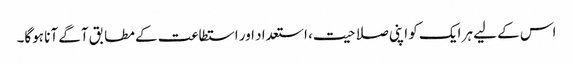
اس کے لیے ہر ایک کو اپنی صلاحیت، استعداد اور استطاعت کے مطابق آگے آنا ہوگا۔